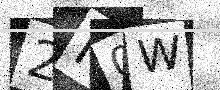
Text: 2M0W